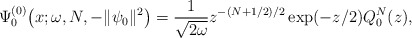
\begin{align*} \Psi _{0}^{(0) }\big(x;\omega ,N,- \Vert \psi _{0} \Vert ^{2}\big)=\frac{1}{\sqrt{2\omega }}z^{-(N+1/2)/2}\exp ( -z/2 ) Q_{0}^{N}(z), \end{align*}